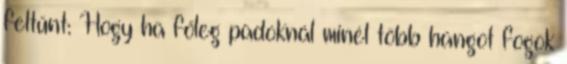
feltűnt: Hogy ha főleg padoknál minél több hangot fogok